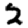
Digit: 2